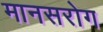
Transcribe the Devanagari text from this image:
मानसरोग